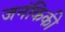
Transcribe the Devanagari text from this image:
जनंकिकी